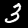
Digit: 3